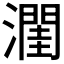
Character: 𪷭